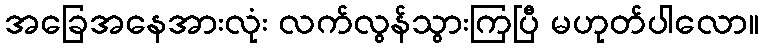
အခြေအနေအားလုံး လက်လွန်သွားကြပြီ မဟုတ်ပါလော။